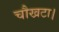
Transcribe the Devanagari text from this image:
चौखटा।